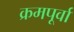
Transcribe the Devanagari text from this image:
क्रमपूर्वा